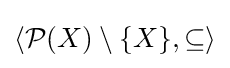
\langle {\mathcal {P}}(X)\setminus \{X\},\subseteq \rangle